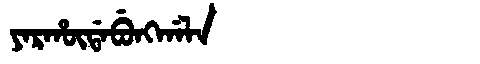
Manchu: ᠶᠠᡵᡥᡡᡩᠠᠪᡠᠩᡤᠠᠯᠠ
Romanization: YARHŪDABUNGGALA